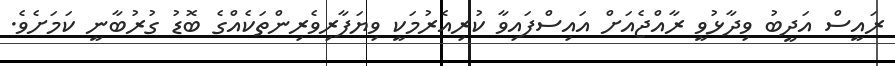
ރައީސް އަދީބު ވިދާޅުވީ ރާއްޖެއަށް އައިސްފައިވާ ކުރިއެރުމަކީ ވިޔަފާރިވެރިންތަކެއްގެ ބޮޑު ގުރުބާނީ ކަމަށެވެ.